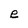
Character: e